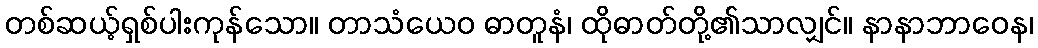
တစ်ဆယ့်ရှစ်ပါးကုန်သော။ တာသံယေဝ ဓာတူနံ၊ ထိုဓာတ်တို့၏သာလျှင်။ နာနာဘာဝေန၊